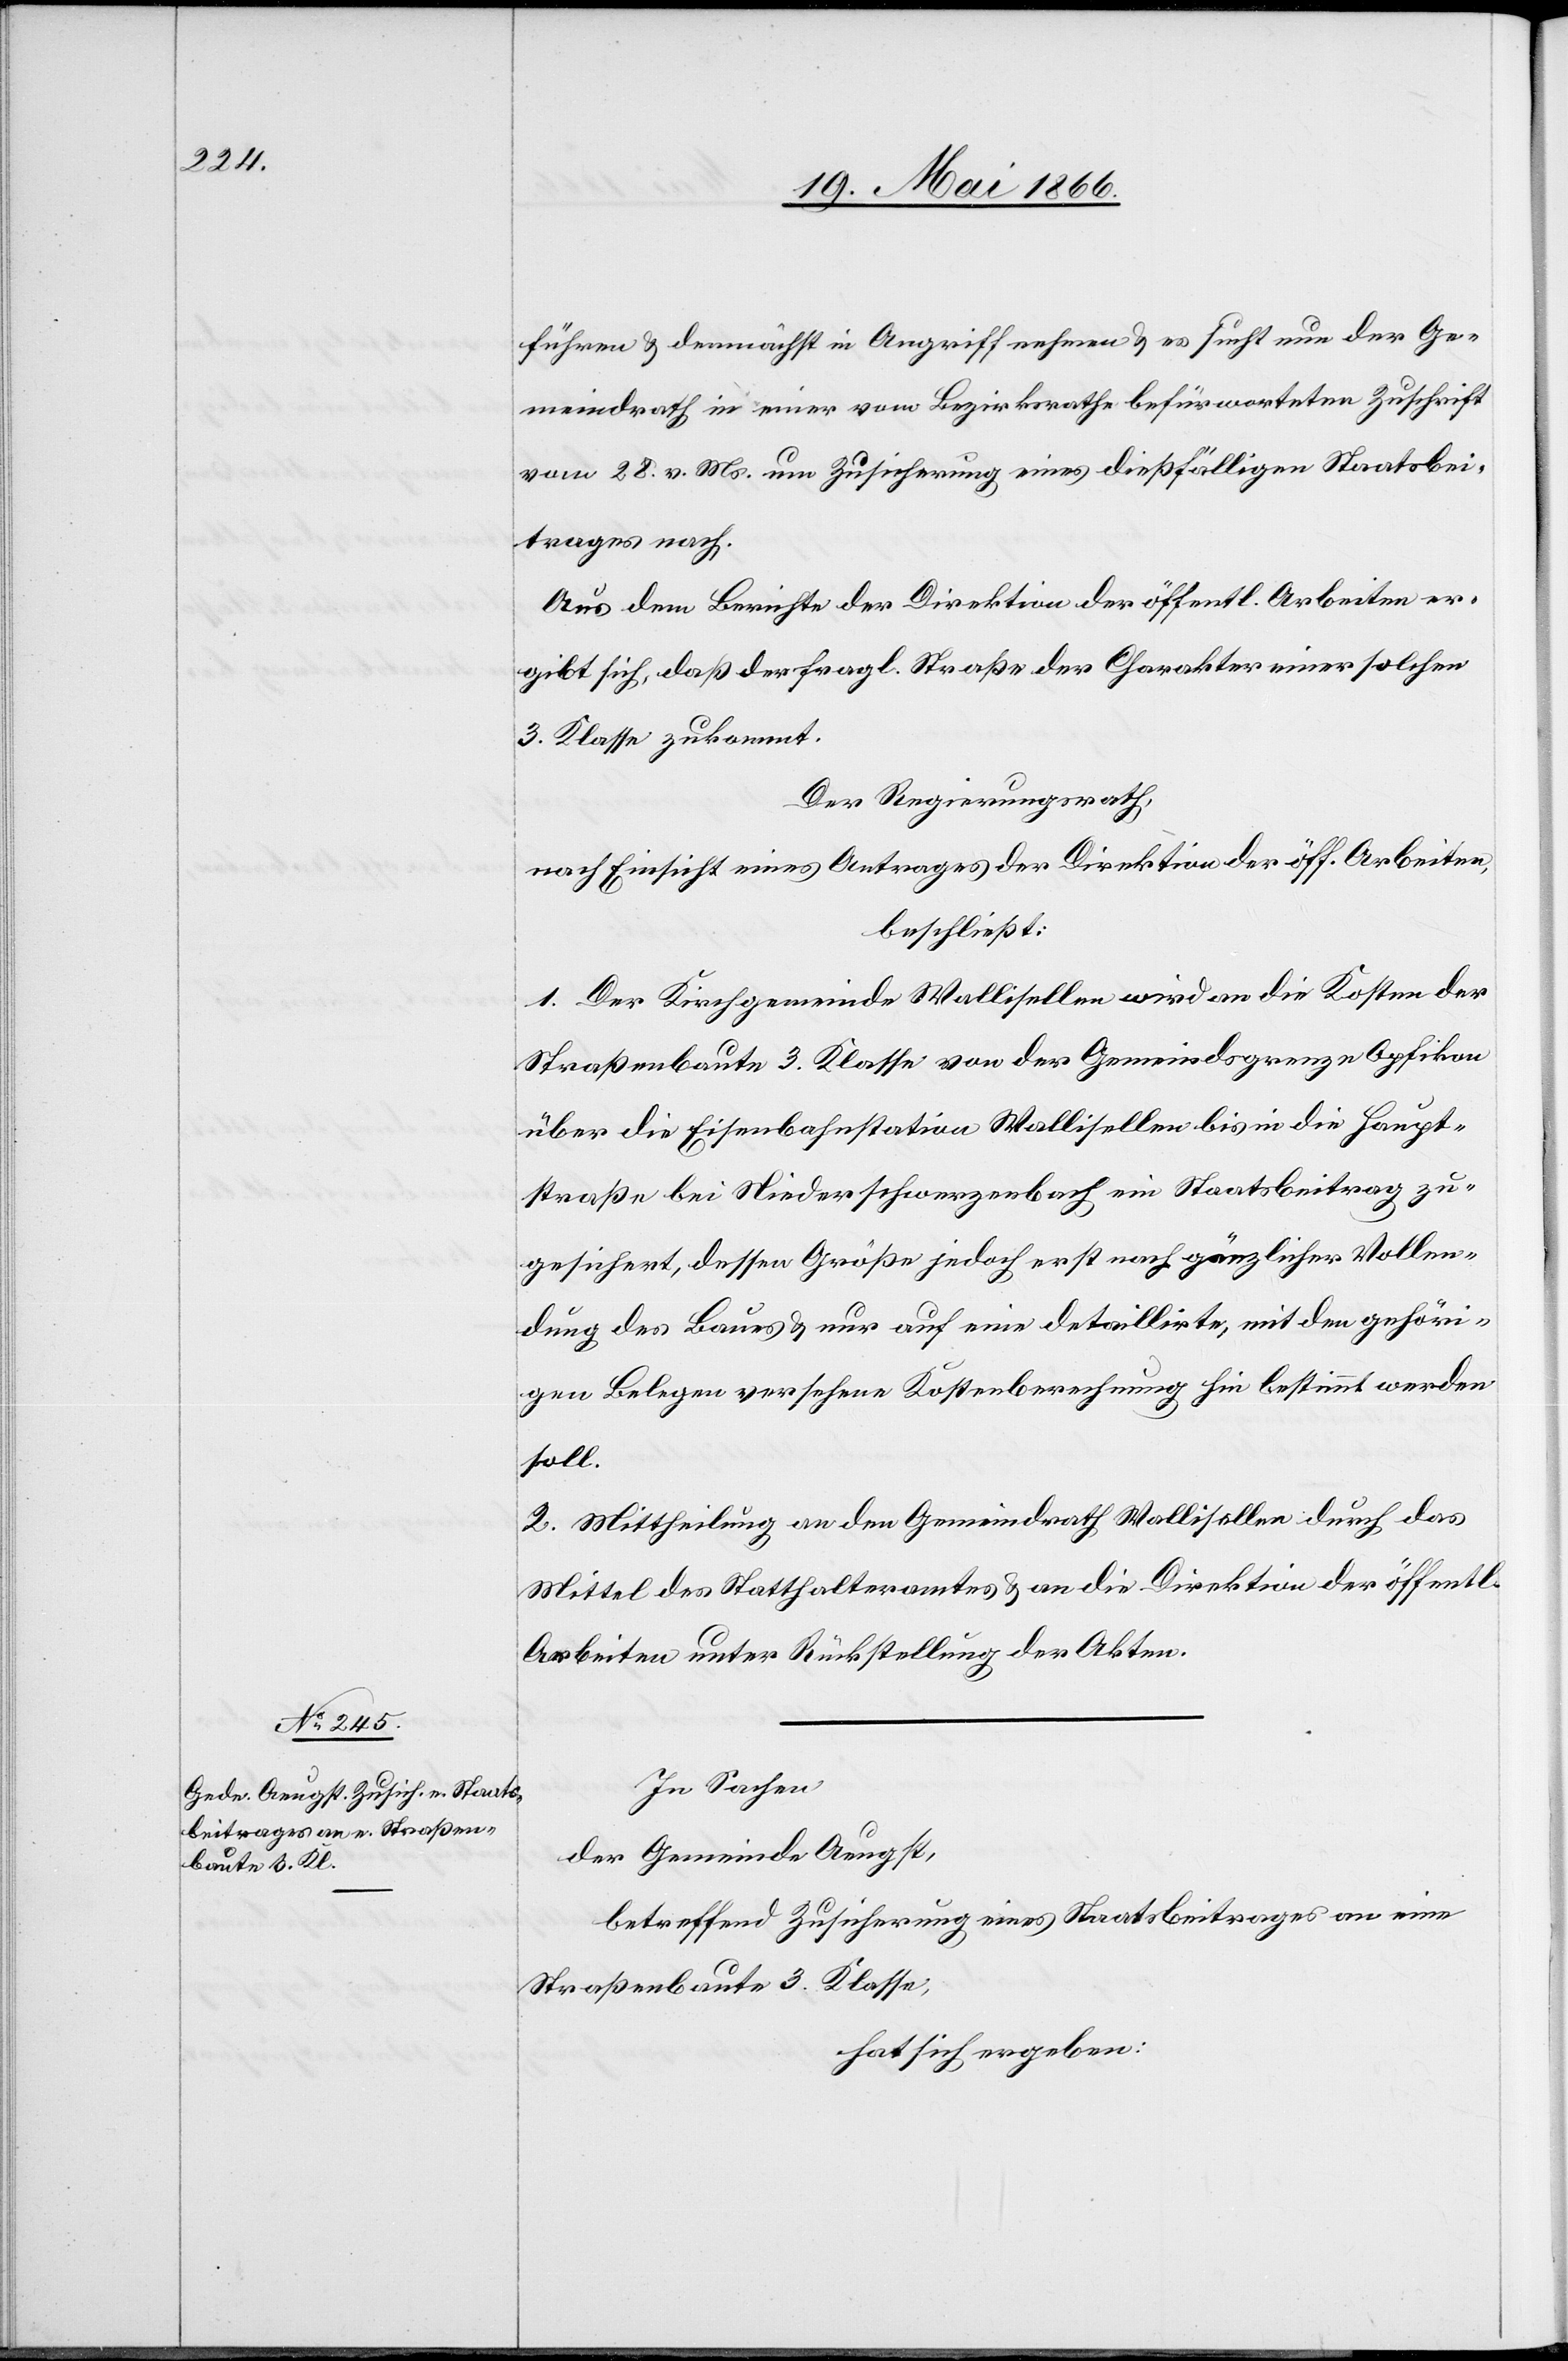
führen u. demnächst in Angriff nehmen u. es sucht nun der Ge¬
meindrath in einer vom Bezirksrathe befürworteten Zuschrift
vom 28. v. Mts. um Zusicherung eines dießfälligen Staatsbei¬
trages nach.
Aus dem Berichte der Direktion der öffentl. Arbeiten er¬
gibt sich, daß der fragl. Straße der Charakter einer solchen
3. Klasse zukommt.
Der Regierungsrath,
nach Einsicht eines Antrages der Direktion der öff. Arbeiten,
beschließt:
1. Der Kirchgemeinde Wallisellen wird an die Kosten der
Straßenbaute 3. Klasse von der Gemeindsgrenze Opfikon
über die Eisenbahnstation Wallisellen bis in die Haupt¬
straße bei Niederschwerzenbach ein Staatsbeitrag zu¬
gesichert, dessen Größe jedoch erst nach gänzlicher Vollen¬
dung des Baues u. nur auf eine detaillirte, mit den gehöri¬
gen Belegen versehene Kostenberechnung hin bestimmt werden
soll.
2. Mittheilung an den Gemeindrath Wallisellen durch das
Mittel des Statthalteramtes u. an die Direktion der öffentl.
Arbeiten unter Rückstellung der Akten.
In Sachen
der Gemeinde Aeugst,
betreffend Zusicherung eines Staatsbeitrages an eine
Straßenbaute 3. Klasse,
hat sich ergeben: